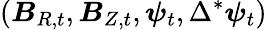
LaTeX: (\boldsymbol{B}_{R,t},\boldsymbol{B}_{Z,t},\boldsymbol{\psi}_{t},\Delta^{*}\boldsymbol{\psi}_{t})